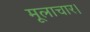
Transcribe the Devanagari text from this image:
मूलाचार।